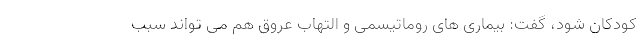
کودکان شود، گفت: بیماری های روماتیسمی و التهاب عروق هم می تواند سبب